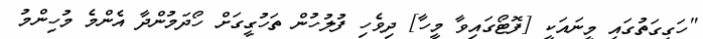
"ހަގީގަތުގައި މީނައަކީ [ފޮޓޯގައިވާ މީހާ] ދިވެހި ފުލުހުން ތަހުގީގަށް ހޯދަމުންދާ އެންމެ މުހިންމު